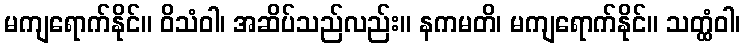
မကျရောက်နိုင်။ ဝိသံဝါ၊ အဆိပ်သည်လည်း။ နကမတိ၊ မကျရောက်နိုင်။ သတ္ထံဝါ၊